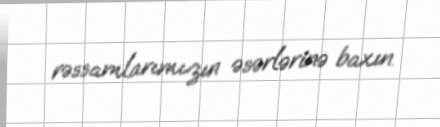
rəssamlarımızın əsərlərinə baxın.